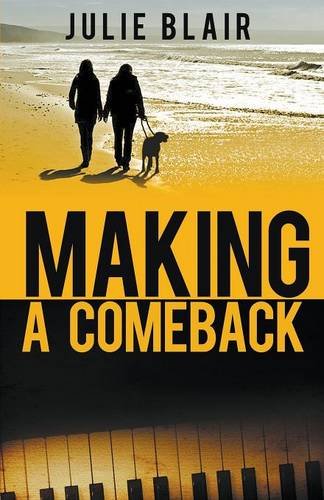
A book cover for Making a Comeback; Julie Blair; Romance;